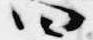
四